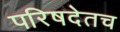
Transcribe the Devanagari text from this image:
परिषदेतच